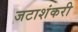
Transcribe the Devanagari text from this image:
जटाशंकरी